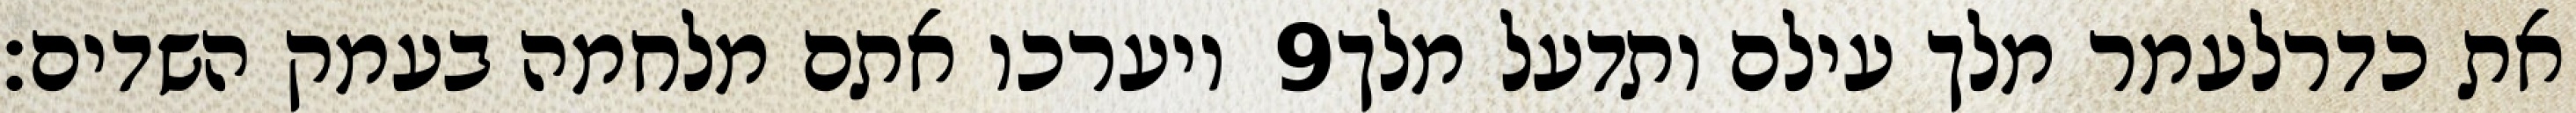
ויערכו אתם מלחמה בעמק השדים׃ ‎9‏ את כדרלעמר מלך עילם ותדעל מלך